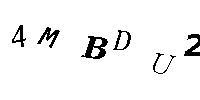
4MBDU2